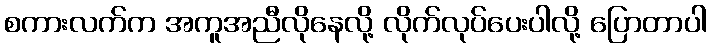
စကားလက်က အကူအညီလိုနေလို့ လိုက်လုပ်ပေးပါလို့ ပြောတာပါ